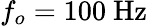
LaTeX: f_{o}=100~\mathrm{Hz}